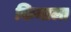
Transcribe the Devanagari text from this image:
किनाला